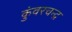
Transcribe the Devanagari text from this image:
कुंवरचन्द्र